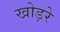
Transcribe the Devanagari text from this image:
खोड़रे